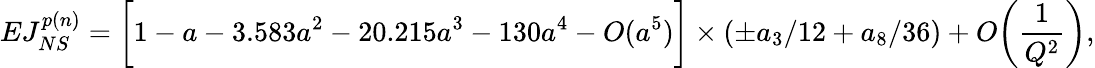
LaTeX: EJ_{NS}^{p(n)}=\bigg[1-a-3.583a^{2}-20.215a^{3}-130a^{4}-O(a^{5})\bigg]\times\left(\pm a_{3}/12+a_{8}/36\right)+O\bigg(\frac{1}{Q^{2}}\bigg),